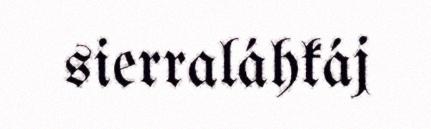
sierraláhkáj